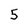
Character: 5